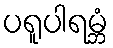
ပရူပါရမ္ဘံ